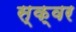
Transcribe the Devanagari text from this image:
स्क्वर